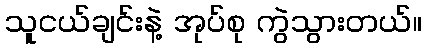
သူငယ်ချင်းနဲ့ အုပ်စု ကွဲသွားတယ်။